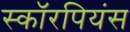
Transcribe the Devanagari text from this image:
स्कॉरपियंस